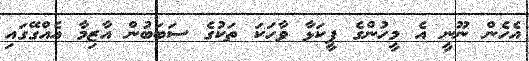
އެހެން ނޫނީ އެ މީހުންގެ ފީކަޅާ ވާހަކަ ތަކުގެ ސަބަބުން އާޒިމާ އެއްގޭގައި